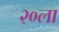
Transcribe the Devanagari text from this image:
२०ला